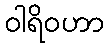
ဝါရိဝဟာ